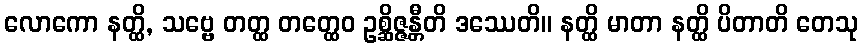
လောကော နတ္ထိ, သဗ္ဗေ တတ္ထ တတ္ထေဝ ဥစ္ဆိဇ္ဇန္တီတိ ဒဿေတိ။ နတ္ထိ မာတာ နတ္ထိ ပိတာတိ တေသု